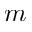
m